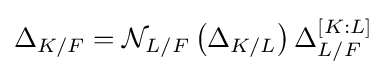
\Delta _{K/F}={\mathcal {N}}_{L/F}\left({\Delta _{K/L}}\right)\Delta _{L/F}^{[K:L]}